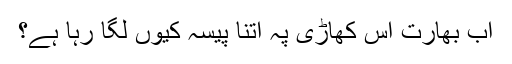
اب بھارت اس کھاڑی پہ اتنا پیسہ کیوں لگا رہا ہے؟